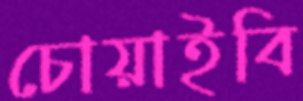
চোয়াইবি